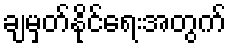
ချမှတ်နိုင်ရေးအတွက်